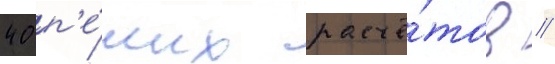
40 п'е́ших расчё́тов //